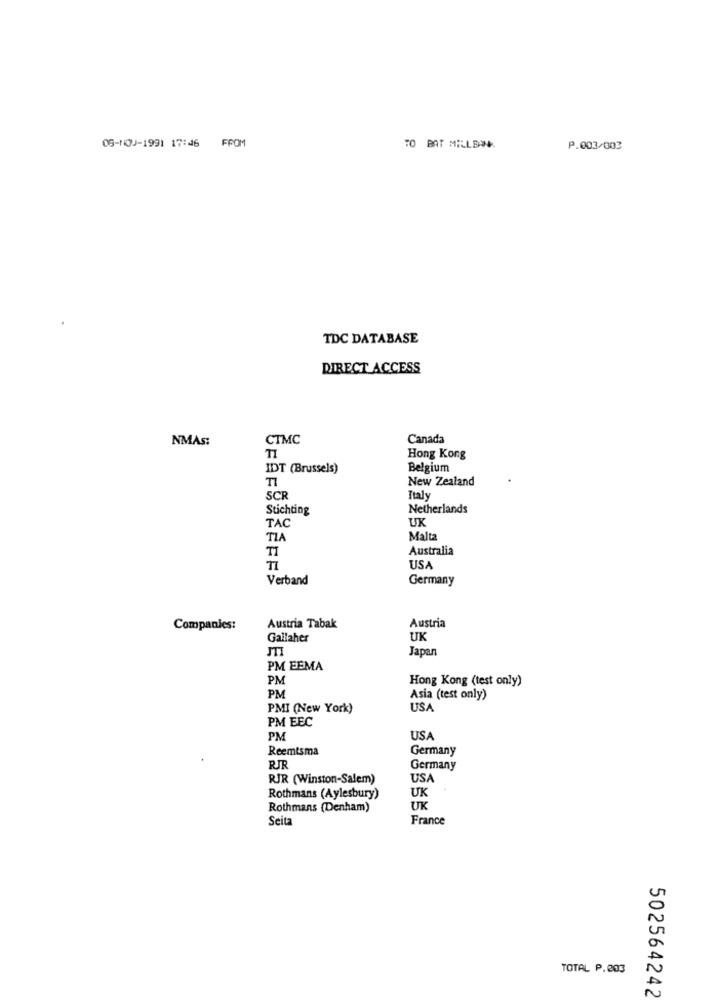
09-100-1991 17146 FFOM
TO BAT MILLEN
P.003/003
TDC DATABASE
DIRECT ACCESS
NMAS:
CTMC
Canada
Hong Kong
IDT (Brussels)
Belgium
New Zealand
SCR
Italy
Stichting
Netherlands
TAC
UK
TI
Malta
TI
Australia
TI
USA
Verband
Germany
Austria
Companies:
Austria Tabak
Gallaher
UK
JTI
Japan
PM EEMA
PM
Hong Kong (test only)
PM
Asia (test only)
PMI (New York)
USA
PM EEC
PM
USA
Reemtsma
Germany
RJR
Germany
RJR (Winston-Salem)
USA
UK
Rothmans (Aylesbury)
Rothmans (Denham)
UK
Seita
France
TOTAL P.203
502564242